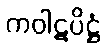
ကဝါဋပိဋ္ဌံ